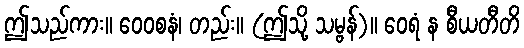
ဤသည်ကား။ ဝေဝစနံ၊ တည်း။ (ဤသို့ သမ္ဗန်)။ ဝေရံ န စီယတီတိ